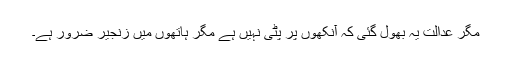
مگر عدالت یہ بھول گئی کہ آنکھوں پر پٹی نہیں ہے مگر ہاتھوں میں زنجیر ضرور ہے۔